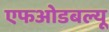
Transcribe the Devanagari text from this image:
एफओडबल्यू